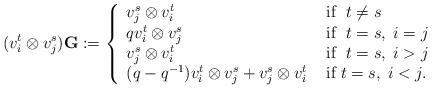
LaTeX: \begin{align*}{}(v_i^t\otimes v_j^s)\mathbf{G}:=\left\{\begin{array}{ll}v_j^s\otimes v_i^t&\mbox{ if }\;t\neq s\\qv_i^t\otimes v_j^s&\mbox{ if }\;t=s,\;i=j\\v_j^s\otimes v_i^t&\mbox{ if }\;t=s,\;i>j\\(q-q^{-1})v_i^t\otimes v_j^s+v_j^s\otimes v_i^t&\mbox{ if}\;t=s,\;i<j.\end{array}\right.\end{align*}